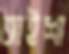
আইশা